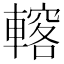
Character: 𨎣